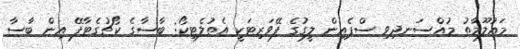
މައުލޫމާތު މުއްސަނދިވި ސްޕެއިން ލީގުގެ ފޭވަރިޓަކީ އެތުލެޓިކޯ: ބާސާގެ ކޯޗުގެޓާފޭ އިން ބާސާ